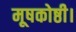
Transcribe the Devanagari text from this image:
मूषकोष्ठी।